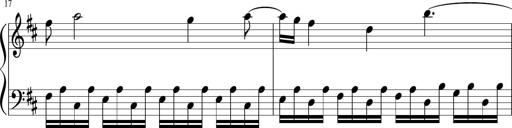
Title: Sonatina di Santa Gemma, JKB 12
Composer: Jason Baruk
Key: F major